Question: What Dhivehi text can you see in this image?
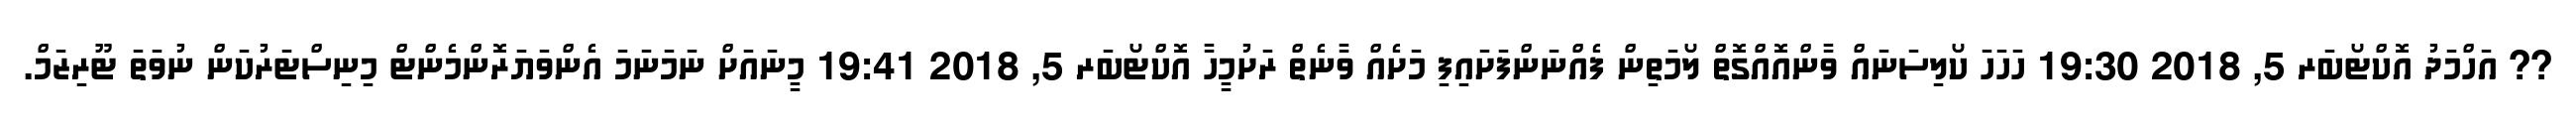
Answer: ?? އަހްމަދު އޮކްޓޯބަރ 5, 2018 19:30 ހަހަހަ ކޯލިސަނައް ވާންއޮއްގޮތް ލޯމަތިން ފެއްނަންފަށައިފި މަށެއް ވާނެތް ރަށުމީހާ އޮކްޓޯބަރ 5, 2018 19:41 މީނައަށް ނަމަނަމަ އެންވަޔަރޮންމެންޓް މިނިސްޓަރުކަން ނުވަތަ ޓޫރިޒަމް.